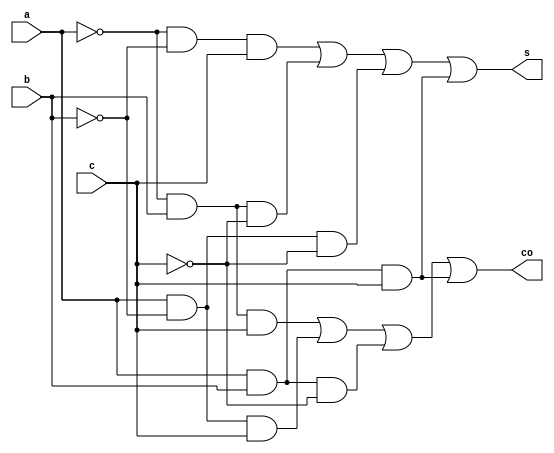
module obj4(a,b,c,s,co);
input a,b,c;
output s,co;
  wire [0:7]y;
  assign y[0]=(!a)&(!b)&(!c);
  assign y[1]=(!a)&(!b)&(c);
  assign y[2]=(!a)&(b)&(!c);
  assign y[3]=(!a)&(b)&(c);
  assign y[4]=(a)&(!b)&(!c);
  assign y[5]=(a)&(!b)&(c);
  assign y[6]=(a)&(b)&(!c);
  assign y[7]=(a)&(b)&(c);
  assign s=y[1]|y[2]|y[4]|y[7];
  assign co = y[3]|y[5]|y[6]|y[7];
endmodule